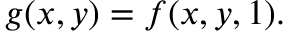
g ( x , y ) = f ( x , y , 1 ) .